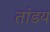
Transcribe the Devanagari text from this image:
तांडय